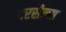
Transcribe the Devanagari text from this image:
वरसैल्स